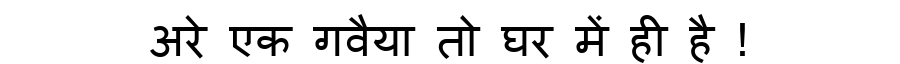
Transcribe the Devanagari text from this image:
अरे एक गवैया तो घर में ही है !